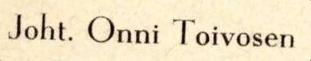
Joht. Onni Toivosen